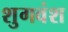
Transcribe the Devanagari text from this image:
शुगवंश